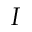
I